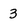
Character: 3